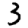
Digit: 3